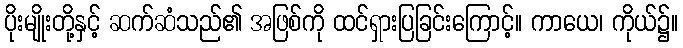
ပိုးမျိုးတို့နှင့် ဆက်ဆံသည်၏ အဖြစ်ကို ထင်ရှားပြခြင်းကြောင့်။ ကာယေ၊ ကိုယ်၌။